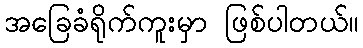
အခြေခံရိုက်ကူးမှာ ဖြစ်ပါတယ်။